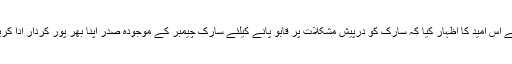
انہوں نے اس امید کا اظہار کیا کہ سارک کو درپیش مشکلات پر قابو پانے کیلئے سارک چیمبر کے موجودہ صدر اپنا بھر پور کردار ادا کریں گے۔